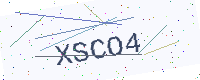
Text: XSCO4